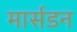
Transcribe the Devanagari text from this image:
मार्सडन